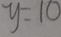
y = 1 0